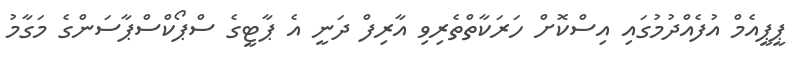
ޕީޕީއެމް އުފެއްދުމުގައި އިސްކޮށް ހަރަކާތްތެރިވި އާރިފް ދަނީ އެ ޕާޓީގެ ސްޕޯކްސްޕާސަންގެ މަގާމު